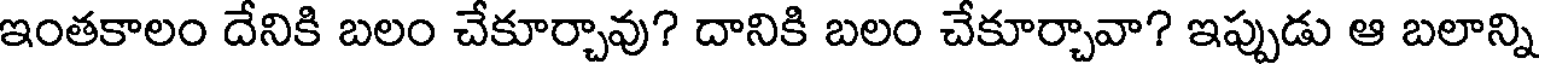
ఇంతకాలం దేనికి బలం చేకూర్చావు? దానికి బలం చేకూర్చావా? ఇప్పుడు ఆ బలాన్ని